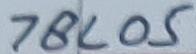
Text: 78L05